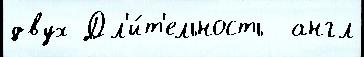
двух Дл'и́т'ельность  англ